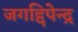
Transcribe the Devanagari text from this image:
जगद्दिपेन्द्र